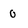
Character: 0